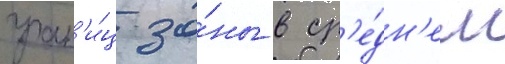
гран'и́ц зо́ны в ср'е́дн'ем